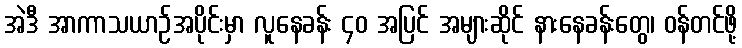
အဲဒီ အာကာသယာဉ်အပိုင်းမှာ လူနေခန်း ၄၀ အပြင် အများဆိုင် နားနေခန်းတွေ၊ ဝန်တင်ဖို့